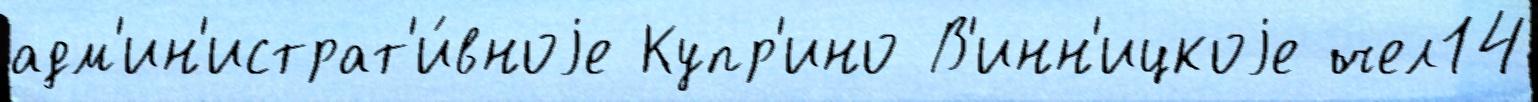
адм'ин'истрат'и́вноjе Купр'ино В'инн'ицкоjе чел14